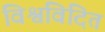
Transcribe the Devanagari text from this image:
विश्वविदित